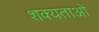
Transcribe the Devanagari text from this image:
शक्यताओं